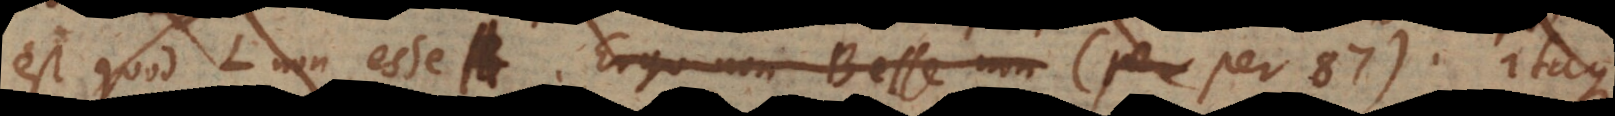
est quod L non esse A. Ergo non‐B esse non (per 87). Itaque